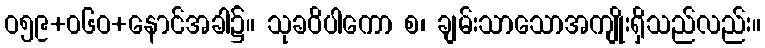
ဝ၅၉+၀၆ဝ+နောင်အခါ၌။ သုခဝိပါကော စ၊ ချမ်းသာသောအကျိုးရှိသည်လည်း။